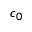
c _ { 0 }